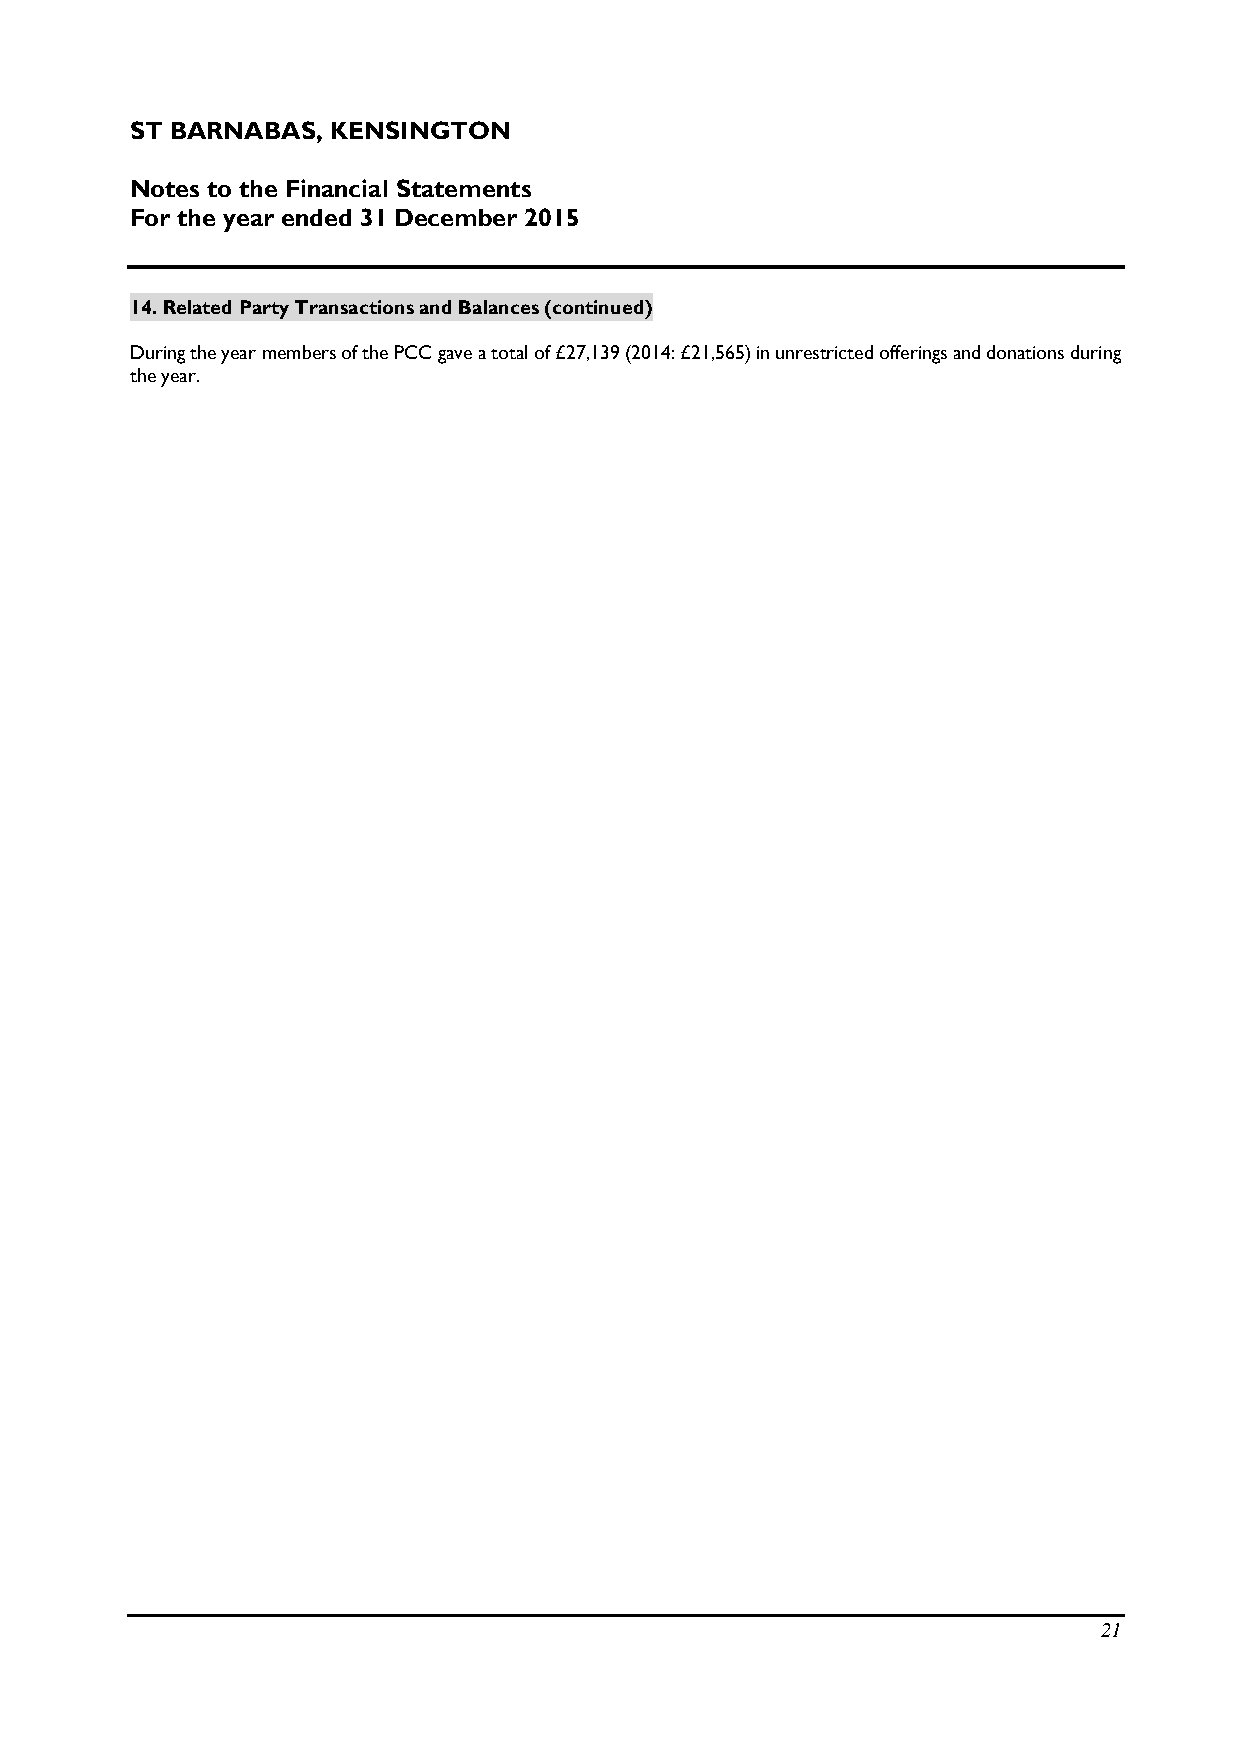
ST BARNABAS, KENSINGTON
 Notes to the Financial Statements
 For the year ended 31 December 2015
 14. Related Party Transactions and Balances (continued)
 During the year members of the PCC gave a total of £27,139 (2014: £21,565) in unrestricted offerings and donations during
 the year.
 21